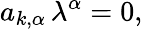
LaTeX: a_{k,\alpha}\, \lambda^{\alpha}=0,